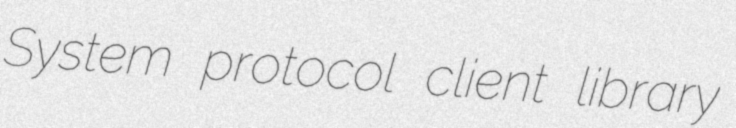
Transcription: System protocol client library